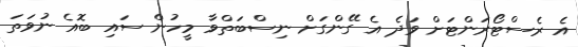
އެ ރެސްޓޯރަންޓަށް ވަދެ އެ ގޭންގަށް ނިސްބަތްވާ މީހުން ސައި ބޮއެ ނުވަތަ